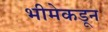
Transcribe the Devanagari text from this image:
भीमेकडून